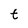
Character: t